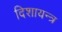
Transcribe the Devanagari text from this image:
दिशायन्त्र